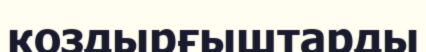
коздырғыштарды